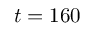
t = 1 6 0